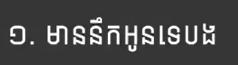
១. មាននឹកអូនទេបង